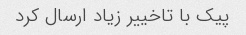
پیک با تاخییر زیاد ارسال کرد